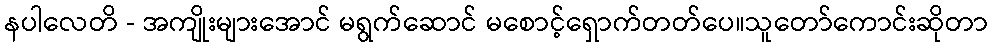
နပါလေတိ - အကျိုးများအောင် မရွက်ဆောင် မစောင့်ရှောက်တတ်ပေ။သူတော်ကောင်းဆိုတာ